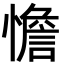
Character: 憺